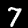
Label: 7